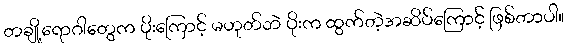
တချို့ရောဂါတွေက ပိုးကြောင့် မဟုတ်ဘဲ ပိုးက ထွက်တဲ့အဆိပ်ကြောင့် ဖြစ်တာပါ။